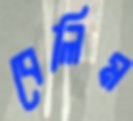
বেলিম